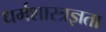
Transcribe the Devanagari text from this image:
धर्मशास्त्रज्ञता